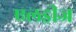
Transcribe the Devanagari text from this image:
एलड्रीज